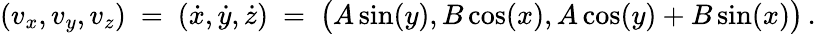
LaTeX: (v_{x},v_{y},v_{z})\ =\ (\dot{x},\dot{y},\dot{z})\ =\ \big(A\sin(y),B\cos(x),A\cos(y)+B\sin(x)\big)\, .